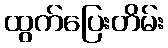
ထွက်ပြေးတိမ်း